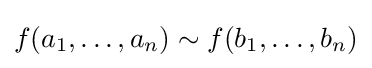
f(a_{1},\dots ,a_{n})\sim f(b_{1},\dots ,b_{n})